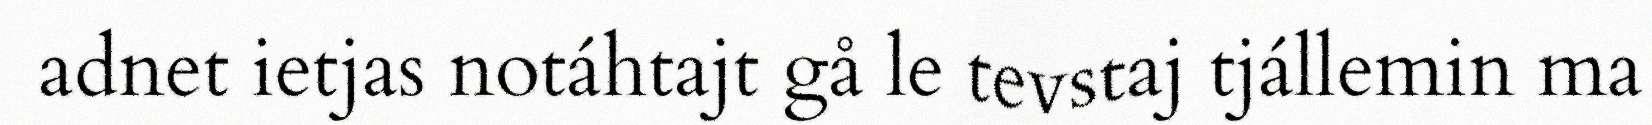
adnet ietjas notáhtajt gå le tevstaj tjállemin ma